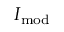
I _ { \mathrm { m o d } }